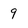
Character: 9